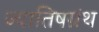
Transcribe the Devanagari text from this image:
ज्यातिषग्रंथ